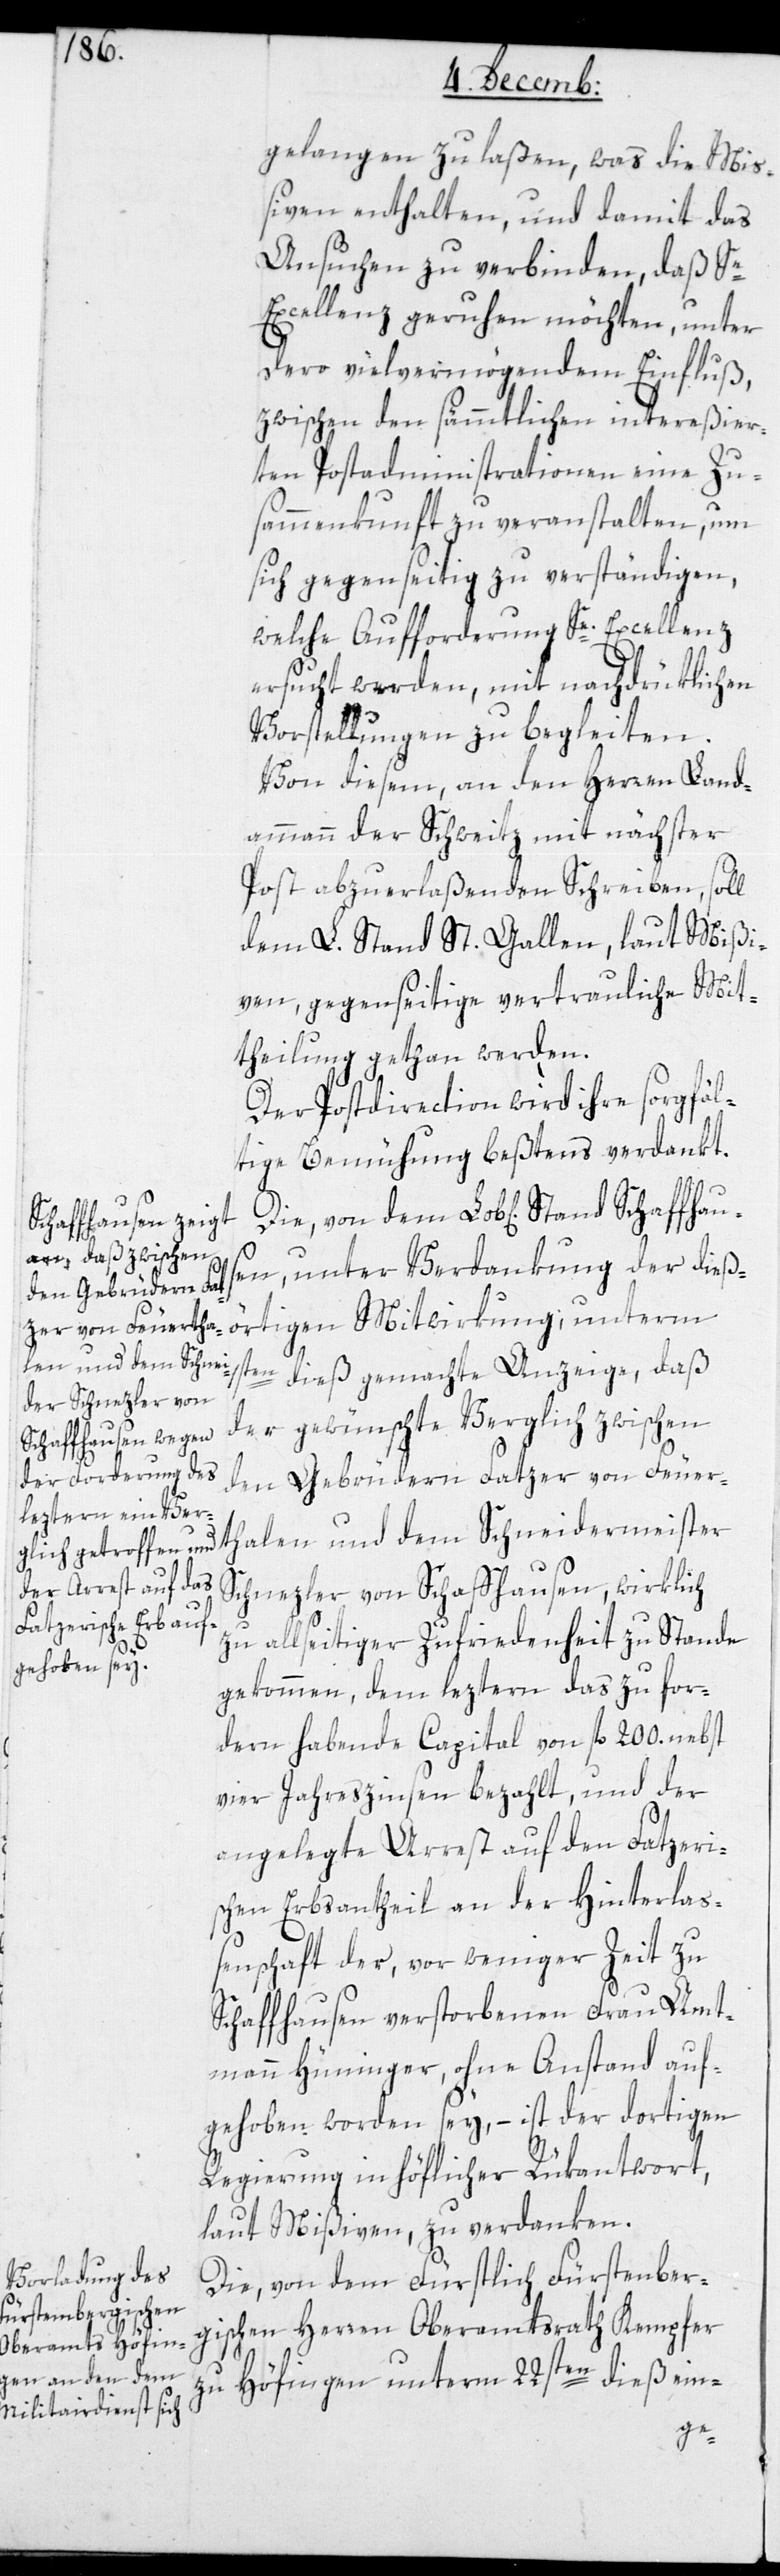
gelangen zu laßen, was die Mi¬
ßiven enthalten, und damit das
Ansuchen zu verbinden, daß Se
Excellenz geruhen möchten, unter
dero vielvermögendem Einfluß,
zwischen den sämmtlichen intereßier¬
ten Postadministrationen eine Zu¬
sammenkunft zu veranstalten, um
sich gegenseitig zu verständigen,
welche Aufforderung Se. Excellenz
ersucht werden, mit nachdrüklichen
Vorstellungen zu begleiten.
Von diesem, an den Herren Land¬
ammann der Schweitz mit nächster
Post abzuerlaßenden Schreiben, soll
dem L. Stand St. Gallen, laut Mißi¬
ven, gegenseitige vertrauliche Mit¬
theilung gethan werden.
Der Postdirection wird ihre sorgfäl¬
tige Bemühung beßtens verdankt.
Schaffhause¬
n, unter Verdankung der dieß¬
der gewünschte Verglich zwischen
den Gebrüdern Fatzer von Feuer¬
thalen und dem Schneidermeister
Schnezler von Schaffhausen, wirklich
zu allseitiger Zufriedenheit zu Stande
gekommen, dem leztern das zu for¬
dern habende Capital von fl. 200. nebst
vier Jahreszinsen bezahlt, und der
angelegte Arrest auf den Fatzeri¬
schen Erbsantheil an der Hinterlaß¬
enschaft der, vor weniger Zeit zu
Schaffhausen verstorbenen Frau Amt¬
mann Hüninger, ohne Anstand auf¬
gehoben worden sey, – ist der dortigen
Regierung in höflicher Rükantwort,
laut Mißiven, zu verdanken.
Die von dem Fürstlich Fürstenber¬
gischen Herren Oberamtsrath Kempfer
zu Höfingen unterm 22sten dieß ein-
dieß